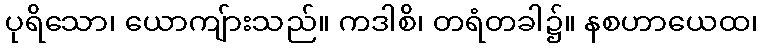
ပုရိသော၊ ယောကျ်ားသည်။ ကဒါစိ၊ တရံတခါ၌။ နစဟာယေထ၊